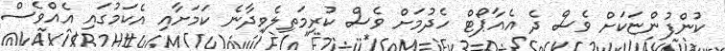
ކުންފުންޏަކަށް ވެސް ދެ އެއާޕޯޓް ހެދުމަށް ވެސް ކުރިމަތިލެވިދާނެ ކަމަށާއި އެކަމުގައި އެއްވެސް